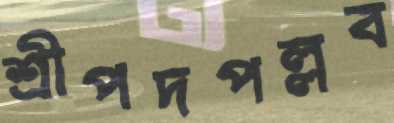
শ্রীপদপল্লব